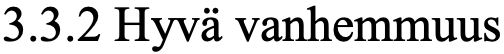
3.3.2 Hyvä vanhemmuus